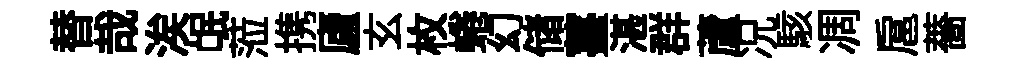
替哉涘氓蒞携廬玄枚蜷幻储薹湛群蘆况駭凋扈薔